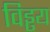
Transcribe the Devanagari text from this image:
विड्ढय